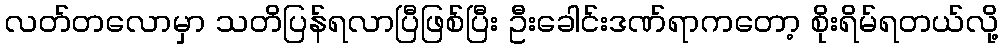
လတ်တလောမှာ သတိပြန်ရလာပြီဖြစ်ပြီး ဦးခေါင်းဒဏ်ရာကတော့ စိုးရိမ်ရတယ်လို့